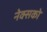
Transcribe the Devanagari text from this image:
नेक्सको